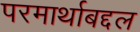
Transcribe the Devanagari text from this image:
परमार्थाबद्दल